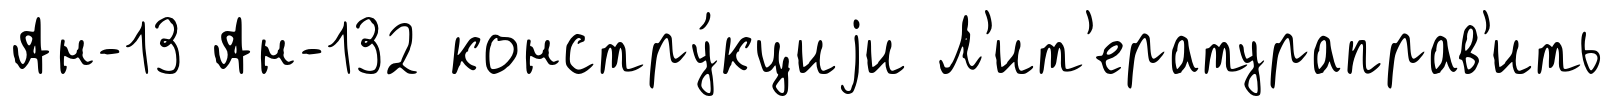
Ан-13 Ан-132 констру́кциjи Л'ит'ератураправ'ить